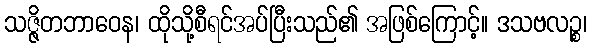
သဇ္ဇိတဘာဝေန၊ ထိုသို့စီရင်အပ်ပြီးသည်၏ အဖြစ်ကြောင့်။ ဒသဗလဉ္စ၊